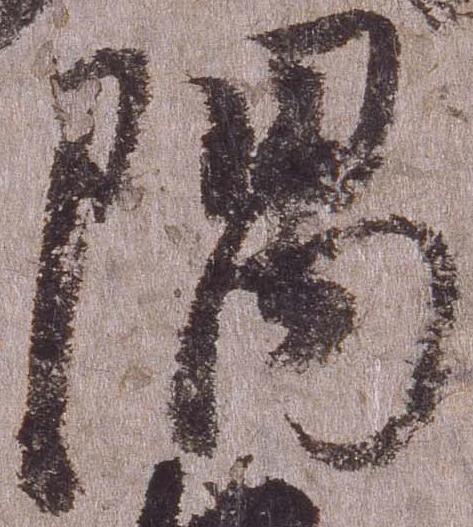
隈